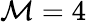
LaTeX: \mathcal{M}=4